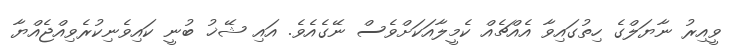
ވީއިރު ނާޔަލްގެ ހިތުގައިވާ އެއްޗެއް ކެމީލާއަކަށްވެސް ނޭގެއެވެ. އައި ޝޭޚު ބުނީ ކައިވެނިކުރެވިއްޖެއްޔާ